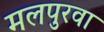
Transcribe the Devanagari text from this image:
मलपुरवा